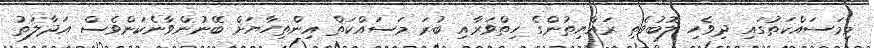
މިމަސައްކަތުގައި ދިވެހި ލޮބުވެތި ރައްޔިތުންގެ ހިތްވަރާއި ބުރަ މަސައްކަތް އިންތިހާޔަށް ބޭނުންވާނެކަންވެސް އަދާލަތު